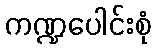
ကဏ္ဍပေါင်းစုံ